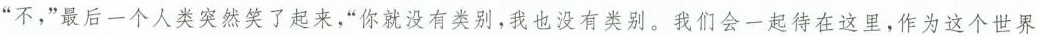
“不，”最后一个人类突然笑了起来，“你就没有类别，我也没有类别。我们会一起待在这里，作为这个世界